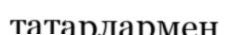
татарлармен